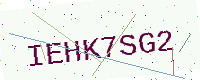
Text: IEHK7SG2